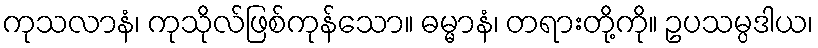
ကုသလာနံ၊ ကုသိုလ်ဖြစ်ကုန်သော။ ဓမ္မာနံ၊ တရားတို့ကို။ ဥပသမ္ပဒါယ၊